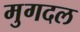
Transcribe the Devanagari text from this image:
मुगदल